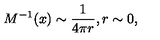
M ^ { - 1 } ( x ) \sim \frac { 1 } { 4 \pi r } , r \sim 0 ,